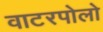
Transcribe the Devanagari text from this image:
वाटरपोलो